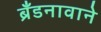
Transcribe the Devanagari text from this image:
ब्रँडनावाने